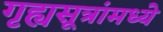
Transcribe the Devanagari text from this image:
गृह्यसूत्रांमध्ये